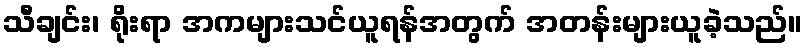
သီချင်း၊ ရိုးရာ အကများသင်ယူရန်အတွက် အတန်းများယူခဲ့သည်။